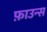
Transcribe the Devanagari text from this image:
फ़ाउन्स